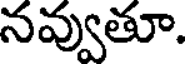
నవ్వుతూ.